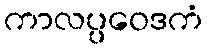
ကာလပ္ပဝေဒကံ